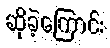
ဆိုခဲ့ကြောင်း